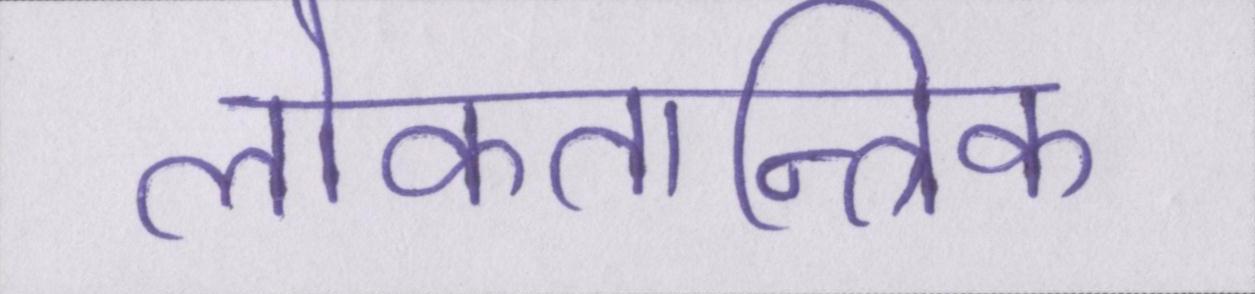
लोकतान्त्रिक